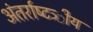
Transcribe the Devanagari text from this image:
अंतर्राष्‍टत्र्ीय